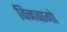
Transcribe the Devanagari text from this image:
विनबागो